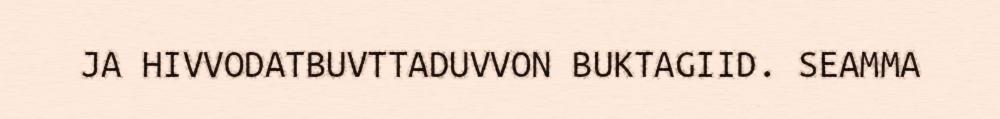
JA HIVVODATBUVTTADUVVON BUKTAGIID. SEAMMA